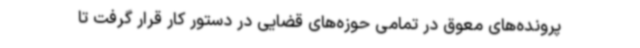
پرونده‌های معوق در تمامی حوزه‌های قضایی در دستور کار قرار گرفت تا